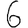
Digit: 6